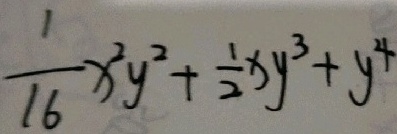
\frac { 1 } { 1 6 } x ^ { 2 } y ^ { 2 } + \frac { 1 } { 2 } x y ^ { 3 } + y ^ { 4 }